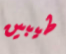
طيبين